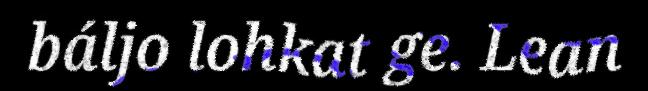
báljo lohkat ge. Lean